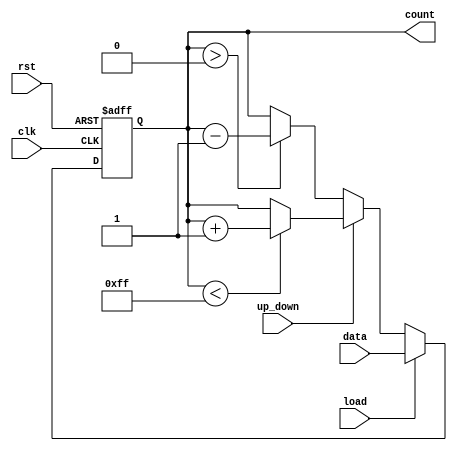
module LoadableCounter (
    input wire clk,           // Clock signal
    input wire rst,           // Asynchronous reset
    input wire load,          // Load control signal
    input wire [7:0] data,    // Load value (8-bit)
    input wire up_down,       // Count direction (1: up, 0: down)
    output reg [7:0] count    // Counter value (8-bit)
);

// Asynchronous reset
always @(posedge clk or posedge rst) begin
    if (rst) begin
        count <= 8'b0; // Reset counter to zero
    end else if (load) begin
        count <= data; // Load new value into counter
    end else begin
        // Count up or down based on up_down signal
        if (up_down) begin
            if (count < 8'hFF) // Check for overflow
                count <= count + 1; // Increment
        end else begin
            if (count > 8'h00) // Check for underflow
                count <= count - 1; // Decrement
        end
    end
end

endmodule